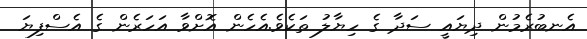
އެނބުރެމުން ދިޔައީ ސަދާ ގެ ހިޔާލު ތަކެވެ.އެހެން އޮށްވާ އަހަރެން ގެ އެސްފިޔަ